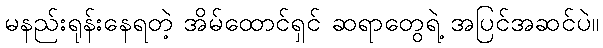
မနည်းရုန်းနေရတဲ့ အိမ်ထောင်ရှင် ဆရာတွေရဲ့ အပြင်အဆင်ပဲ။